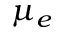
\mu _ { e }